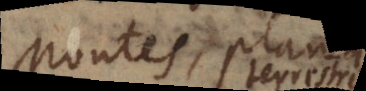
Montes, Plana,